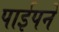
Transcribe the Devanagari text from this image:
पाईपने